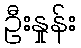
ဦးနှုန်း